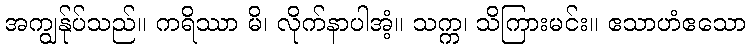
အကျွန်ုပ်သည်။ ကရိဿာ မိ၊ လိုက်နာပါအံ့။ သက္က၊ သိကြားမင်း။ ဧသာဟံဧသော